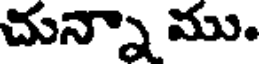
చున్నా ము.